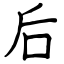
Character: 后